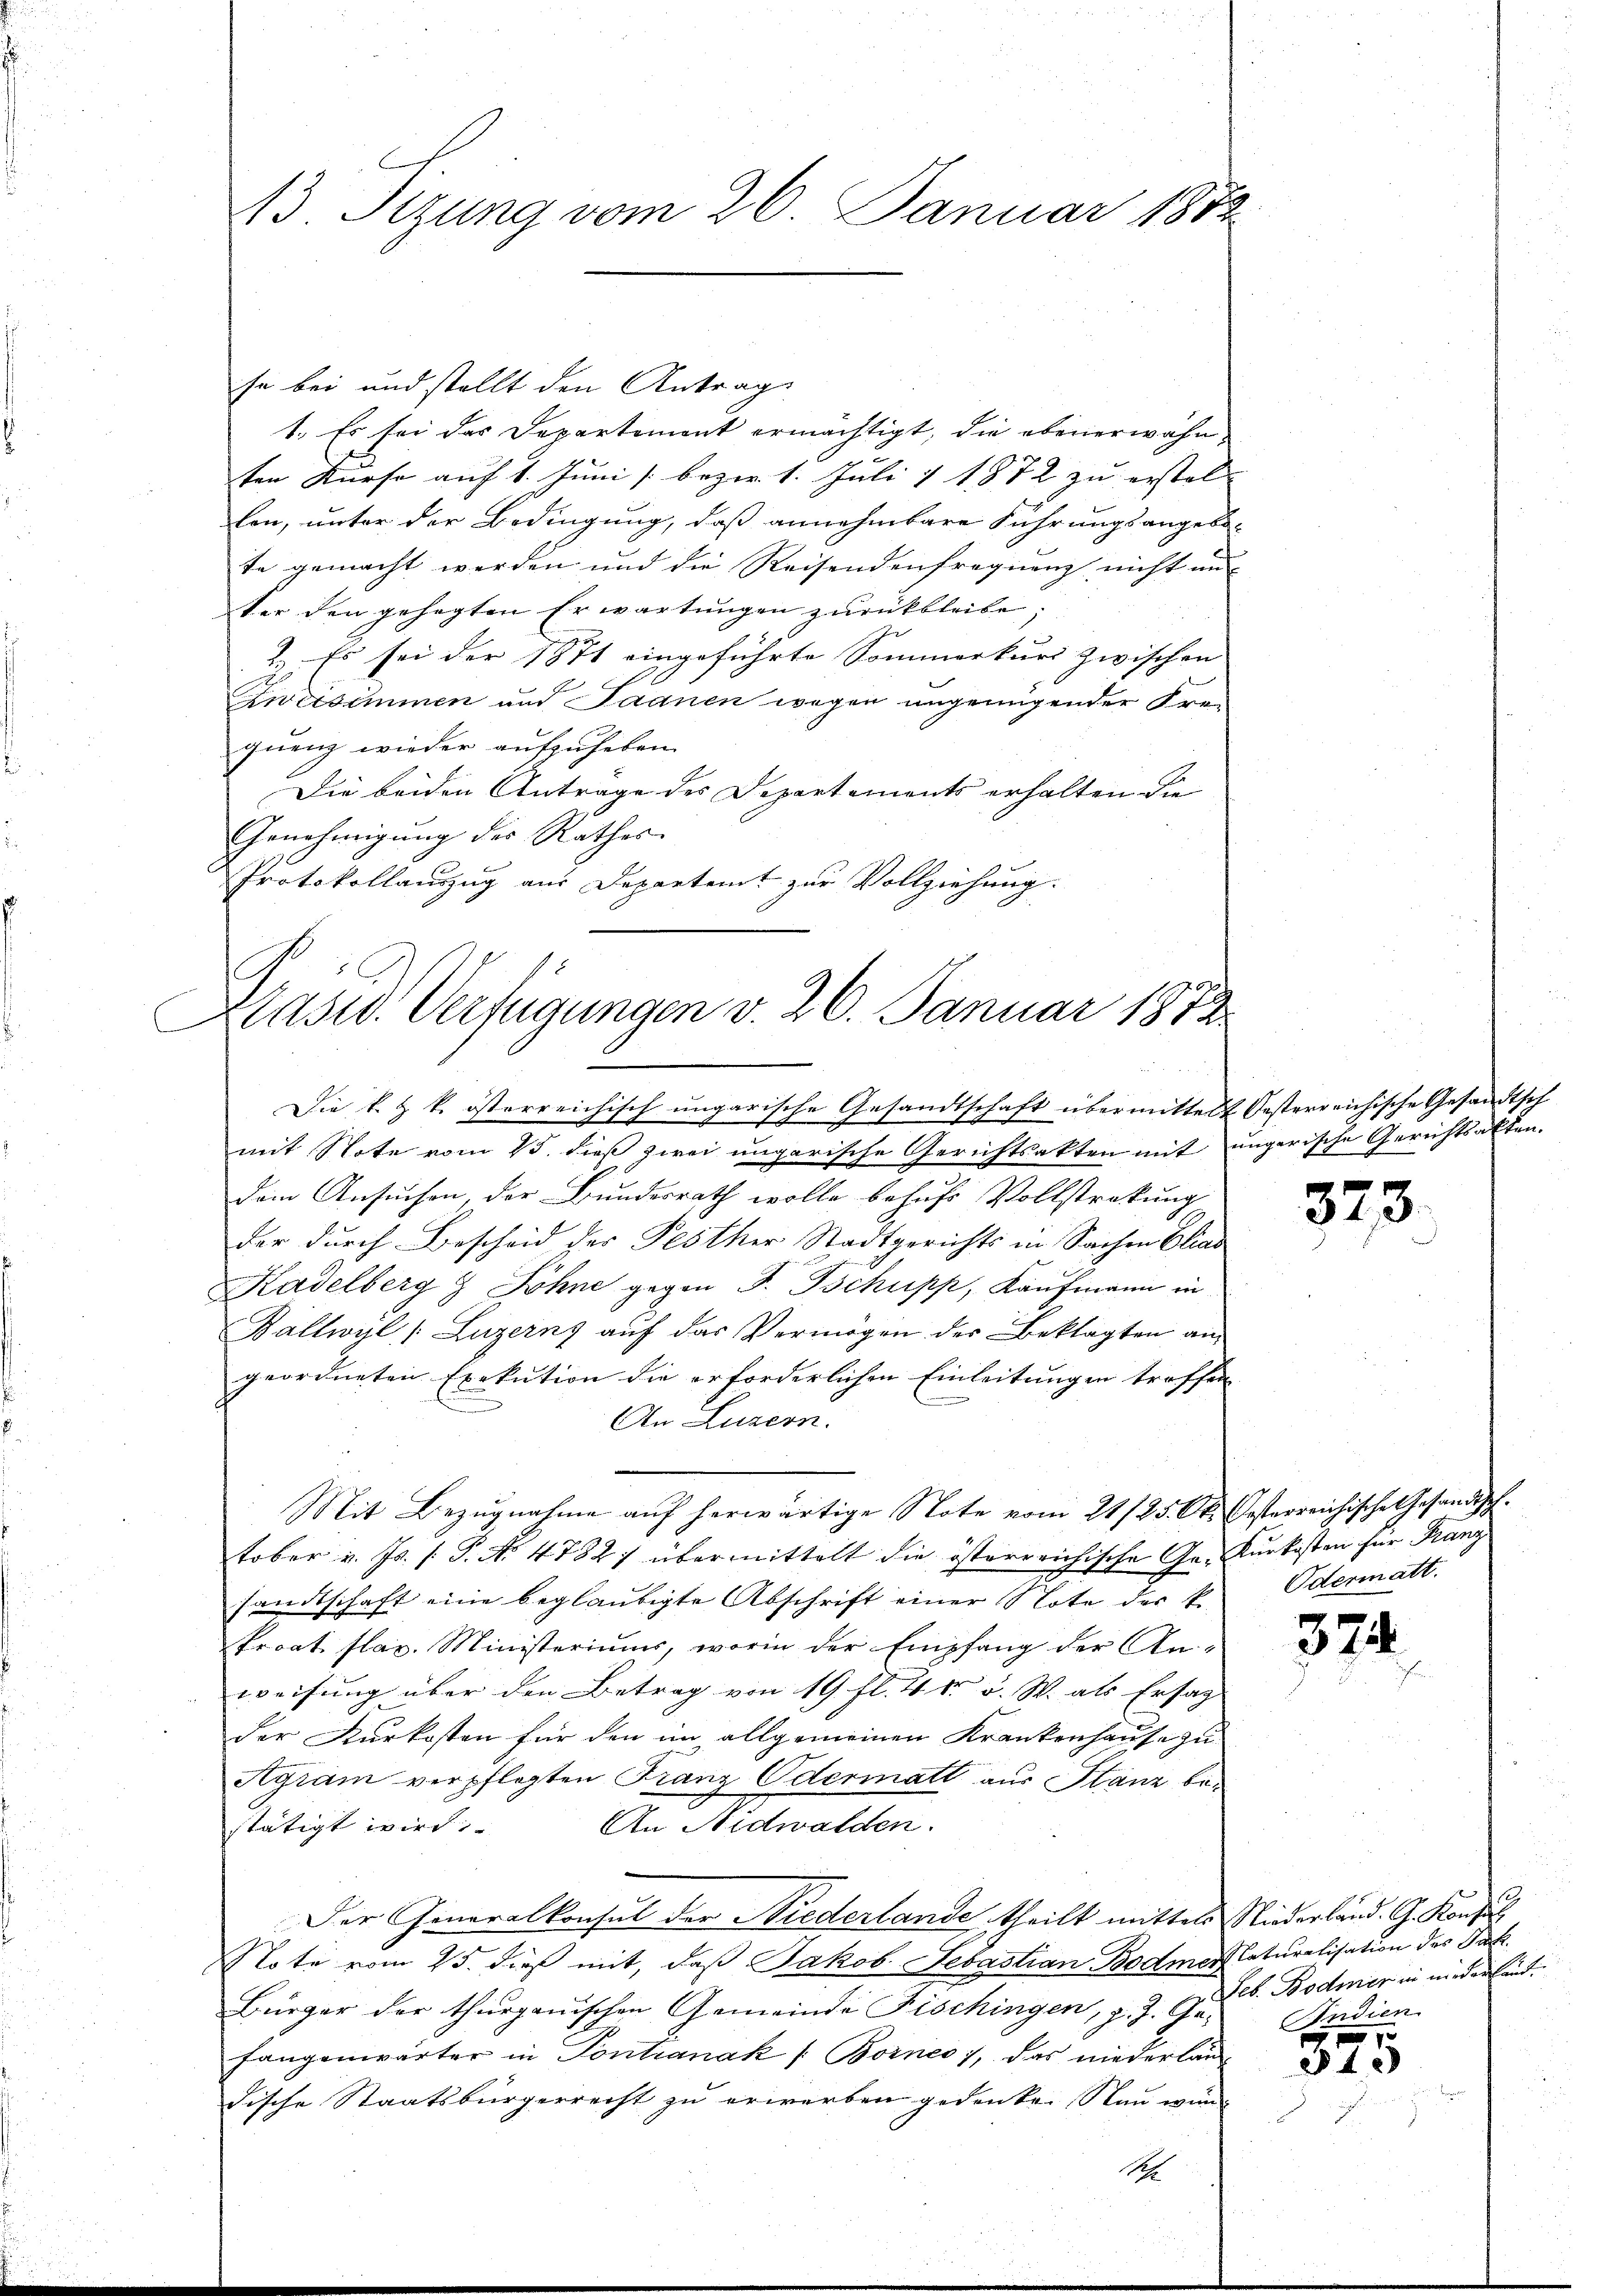
3. Tizung vom 26. Januar 180.

se bei und stellt den Antrag
1. Es sei das Departement ermächtigt, die ebenerwähnten Kurse auf 1. Juni / bezw. 1. Juli 1872 zu erstel-
len, unter der Bedingung, daß annehmbare Führungsangebo-
te gemacht werden und die Reisendenfrequenz nicht un
ter den gehegten Erwartungen zurückbleibe;
t
1. Es sei der 1871 eingeführte Sommerkurs zwischen
Zweisimmen und Saanen wegen ungenügender Fra-
quenz wieder aufzuheben.
Die beiden Antrage des Departements erhalten die
Genehmigung des Rathes
Protokollauszug aus Departent zur Vollziehung.

Kasid. Verfügungen v. 26. Januar 1873.

dem Ansuchen, der Bundesrath wolle behufs Vollstrakung
der durch Bescheid der Festher Stadtgerichts in Sachen Clas
Kadelberg & Söhne gegen J. Tschupp, Kaufmann in
Ballwyl (Luzernz auf das Vermögen der Beklagten an
geordneten Exekution die erforderlichen Einleitungen treffen
An Luzern.
Mit Bezŭgnahme aŭf herwärtige Note vom 21/25. Ok. Oesterreichische Gesandtsch-
tober v. Js. s. S. N. 4782) übermittelt die österreichische Ga-Kurkosten für Franz
sandtschaft eine beglaubigte Abschrift einer Note der k.
kroat. slav. Ministeriums, worin der Empfang der An-
weisung über den Betrag von 19. fl. 4 v. 5. W. als Ersag
der Kurkosten für den im allgemeinen Krankenhause zu
Agram verpflegten Franz Odermatt aus Stanz be¬
An Nidwalden.
stätigt wird.
Der Generalkonsul der Niederlande theilt mittels Niederland. G. Konfus
Note vom 25. dieß mit, daß Jakob Sebastian Bodmer laturalisation des Jak.
Bürger der thurgauischen Gemeinde Fischingen, z. J. Gr. Indien
fangenwärter in Pontanak (Bornes), das niederlan
dische Staatsbürgerrecht zu erwerben gedenke. Stau wund

Die k. k. k. österreichisch ungarische Gesandtschaft übermittelt Oesterreichische Gesandtsch
mit Note vom 15. dieß zwei ungarische Gerichtsakten mit ungerische Gerichtsakten.

2

373.

Odermatt.

374

Seb. Bodmer in niederland.
7

340)